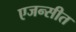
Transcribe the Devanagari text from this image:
एजन्सीत